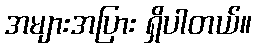
အများအပြား ရှိပါတယ်။